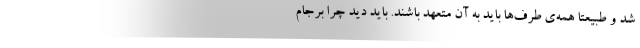
شد و طبیعتاً همه‌ی طرف‌ها باید به آن متعهد باشند. باید دید چرا برجام